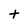
Character: t